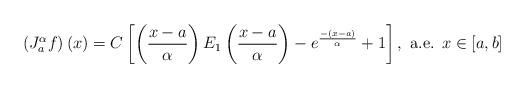
LaTeX: \begin{align*}\left(J_a^\alpha f\right)(x)=C\left[\left(\frac{x-a}{\alpha} \right)E_1\left(\frac{x-a}{\alpha}\right)-e^{\frac{-(x-a)}{\alpha}}+1\right],\mbox{ a.e. } x\in [a,b]\end{align*}